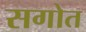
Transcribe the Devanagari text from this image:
सगोत